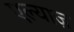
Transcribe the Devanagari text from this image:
एल्याज़